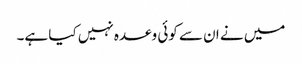
میں نے ان سے کوئی وعدہ نہیں کیا ہے۔